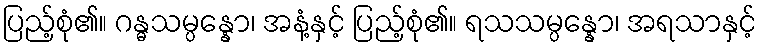
ပြည့်စုံ၏။ ဂန္ဓသမ္ပန္နော၊ အနံ့နှင့် ပြည့်စုံ၏။ ရသသမ္ပန္နော၊ အရသာနှင့်